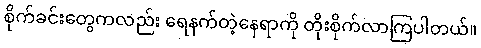
စိုက်ခင်းတွေကလည်း ရေနက်တဲ့နေရာကို တိုးစိုက်လာကြပါတယ်။